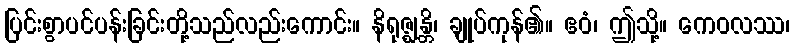
ပြင်းစွာပင်ပန်းခြင်းတို့သည်လည်းကောင်း။ နိရုဇ္ဈန္တိ၊ ချုပ်ကုန်၏။ ဧဝံ၊ ဤသို့။ ကေဝလဿ၊